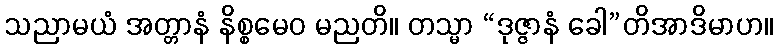
သညာမယံ အတ္တာနံ နိစ္စမေဝ မညတိ။ တသ္မာ “ဒုဇ္ဇာနံ ခေါ”တိအာဒိမာဟ။